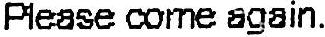
PLEASE COME AGAIN.